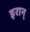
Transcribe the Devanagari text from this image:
इरान्